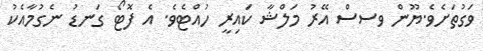
ވަގުތަށެވެ.ޔޫން ވސސް އޭރު މަލްޝާ ކައިރީ ހުއްޓެވެ. އެ ފޮޓޯ ގަނޑު ނެގުމާއެކު